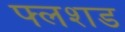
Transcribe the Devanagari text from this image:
फ्लशड